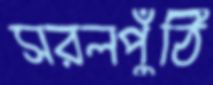
সরলপুঁঠি